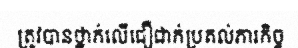
ត្រូវបានថ្នាក់លើជឿជាក់ប្រគល់ភារកិច្ច